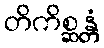
တိကိစ္ဆန္တံ